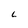
Character: 6